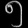
Digit: ၅